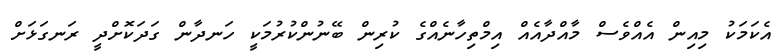
އެކަމަކު މިއިން އެއްވެސް މާއްދާއެއް އިމްތިހާނެއްގެ ކުރިން ބޭނުންކުރުމަކީ ހަނދާން ގަދަކޮށްދީ ރަނގަޅަށް